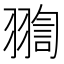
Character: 𦑟